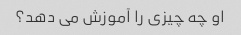
او چه چیزی را آموزش می دهد؟